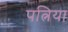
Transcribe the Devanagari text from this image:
पत्निया